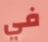
في